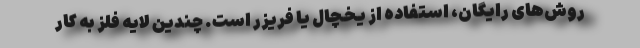
روش‌های رایگان، استفاده از یخچال یا فریزر است. چندین لایه فلز به کار